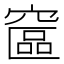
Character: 䆰